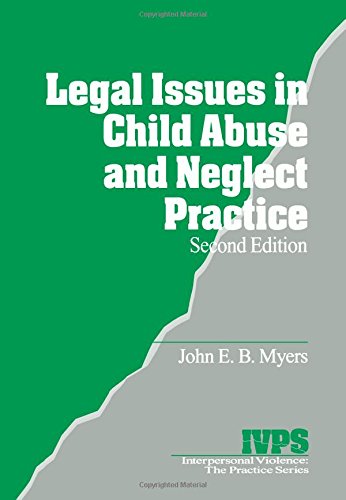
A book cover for Legal Issues in Child Abuse and Neglect Practice (Interpersonal Violence: The Practice Series); John E. B. Myers; Law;